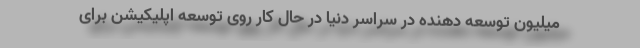
میلیون توسعه دهنده در سراسر دنیا در حال کار روی توسعه اپلیکیشن برای